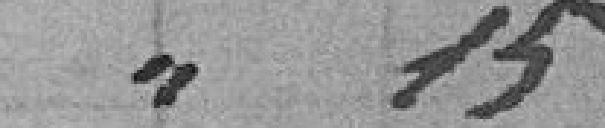
// 15